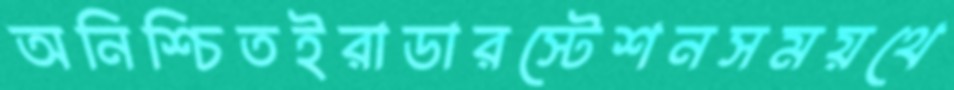
অনিশ্চিতইরাডারস্টেশনসময়থে